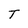
Character: T